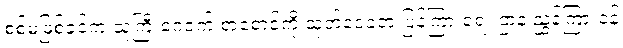
စစ်မဖြစ်ခင်က သူကြီးဂေဇက် စာစောင်ကို ထုတ်ဝေခဲ့တဲ့ ပြန်ကြားရေး ဌာန ညွှန်ကြားဝန်